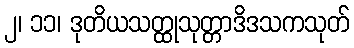
၂၊ ၁၁၊ ဒုတိယသတ္ထုသုတ္တာဒိဒသကသုတ်